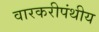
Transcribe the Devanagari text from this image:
वारकरीपंथीय